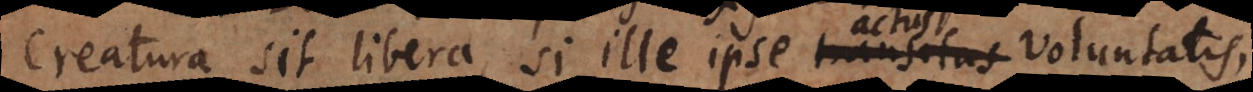
creatura sit libera, si ille ipse transitus voluntatis,